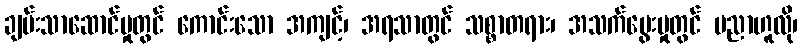
ချမ်းသာဆောင်မှုတွင် ကောင်းသော အကျင့်၊ အရသာတွင် သစ္စာတရား၊ အသက်မွေးမှုတွင် ပညာဟူလို၊